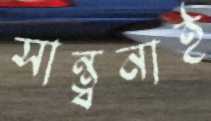
সান্ত্বনাই